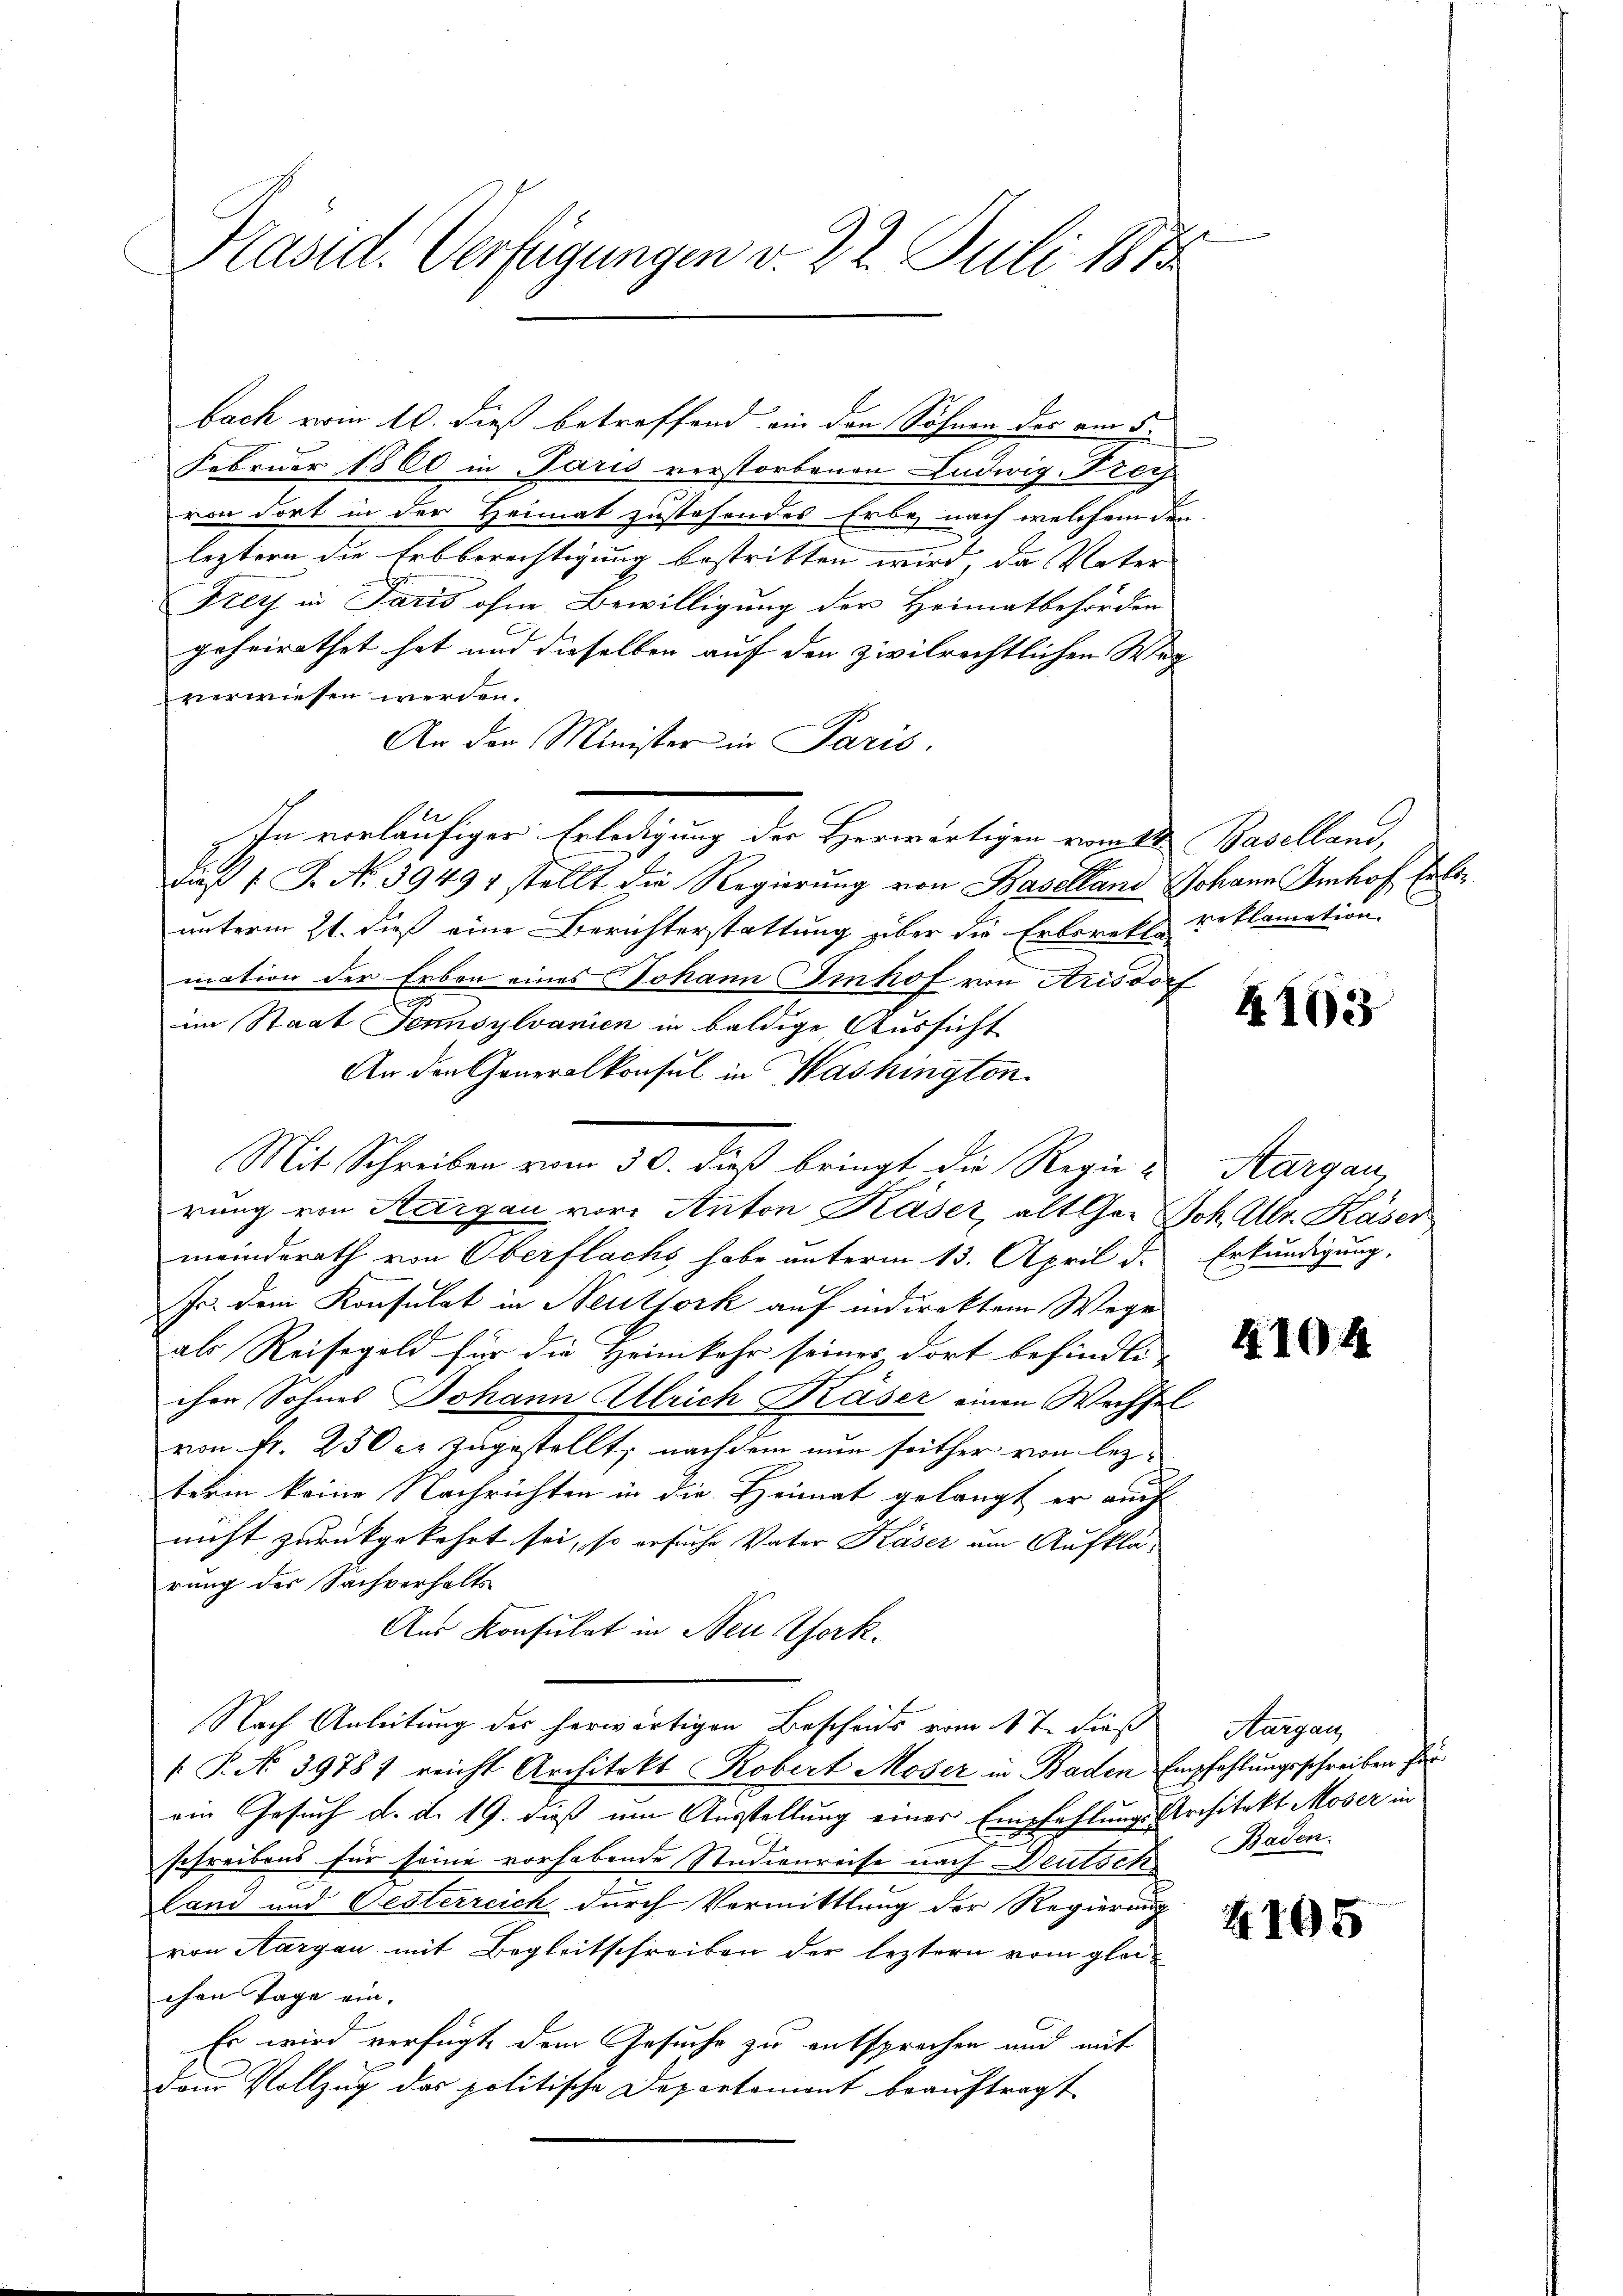
Präsid. Verfügungen v. 22. Juli 1872

Februar 1860 in Paris verstorbenen Ludwig-Frey
von dort in der Heimat zustehendes Erbe nach welchem den
leztern die Erbberechtigung bestritten wird, da Vater
Frey in Paris ohne Bewilligung der Heimatbehörden
geheirathet hat und dieselben auf den zivilrechtlichen Weg
verwiesen werden.
An der Minister in Paris.
In vorläufiger Erledigung der Herwärtigen vom 14. Baselland,
diß (J. No 39494 stellt die Regierung von Baselland Johann Imhof Erleunterm 21. dieß eine Berichterstattung über die Erberette reklamation.
mation der Erben eines Johann Imhof von Arisdorf
te
im Staat Jennsylvanien in baldige Aussicht
An den Generalkonsul in Washington.
Mit Schreiben vom 30. dieß bringt die Regie-Aargau,
rung von Aargau vor. Anton Käser, alt Ger Joh. Allr. Käser
meinderath von Oberflachs habe unterm 13. April d.
Jr. dem Konsulat in Neuthork auf indirektem Wege
als Reisegeld für die Heimkehr seines dort befindli-
chen Sohnes Johann Ulrich Käser einen Wechsel
von Fr. 250 er zugestellt; nachdem nun seither von lezterin keine Nachrichten in die Heimat gelangt er auch
nicht zurückgekehrt sei, so ersuche Vater Käser um Aufklä-
rung des Sachverhalts
Aus Konsulat in Neu Pfork.
Nach Anleitung des herwärtigen Bescheids vom 4 t. dieß
 P. No 39787 reicht Architekt Robert Moser in Baden Empfehlungsschreiben für
ein Gesuch d. d. 19. dieß um Ausstellung eines Empfehlungs Architekt Moser in
schreibens für seine vorhabende Studienreise nach Deutsch
land und Gesterreich durch Vormittlung der Regierung
von Aargau mit Begleitschreiben der leztern vom gleichen Tage ein.
Es wird verfügt dem Gesuche zu entsprochen und mit
dann Vollzug des politische Departemont beauftragt

bach vom 10. dieß betreffend ain den Söhnen der am 5.

4163

Erkundigung.

4104

Aargau
Baden.

4105